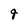
Character: q